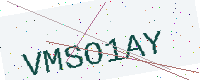
Text: VMSO1AY